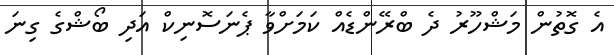
އެ ގޮތުން މަޝްހޫރު ދެ ބްރޭންޑެއް ކަމަށްވާ ޕެނަސޮނިކް އަދި ބޯޝްގެ ގިނަ